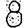
Digit: 8